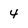
Character: 4